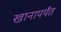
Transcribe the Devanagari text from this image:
खानापर्यंत